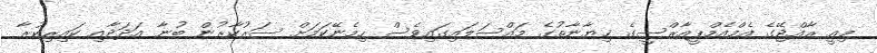
މިއީ ރާއްޖޭގެ އެމްއެމްޕީއާރްސީގެ ޚިޔާނާތުގެ މައްސަލައިގައިވެސް ހިމެނޭކަމަށް ސަރުކާރުން ބުނާ އަދަދާއި ކައިރިކުރާ